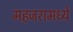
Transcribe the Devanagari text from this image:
महजरामध्ये